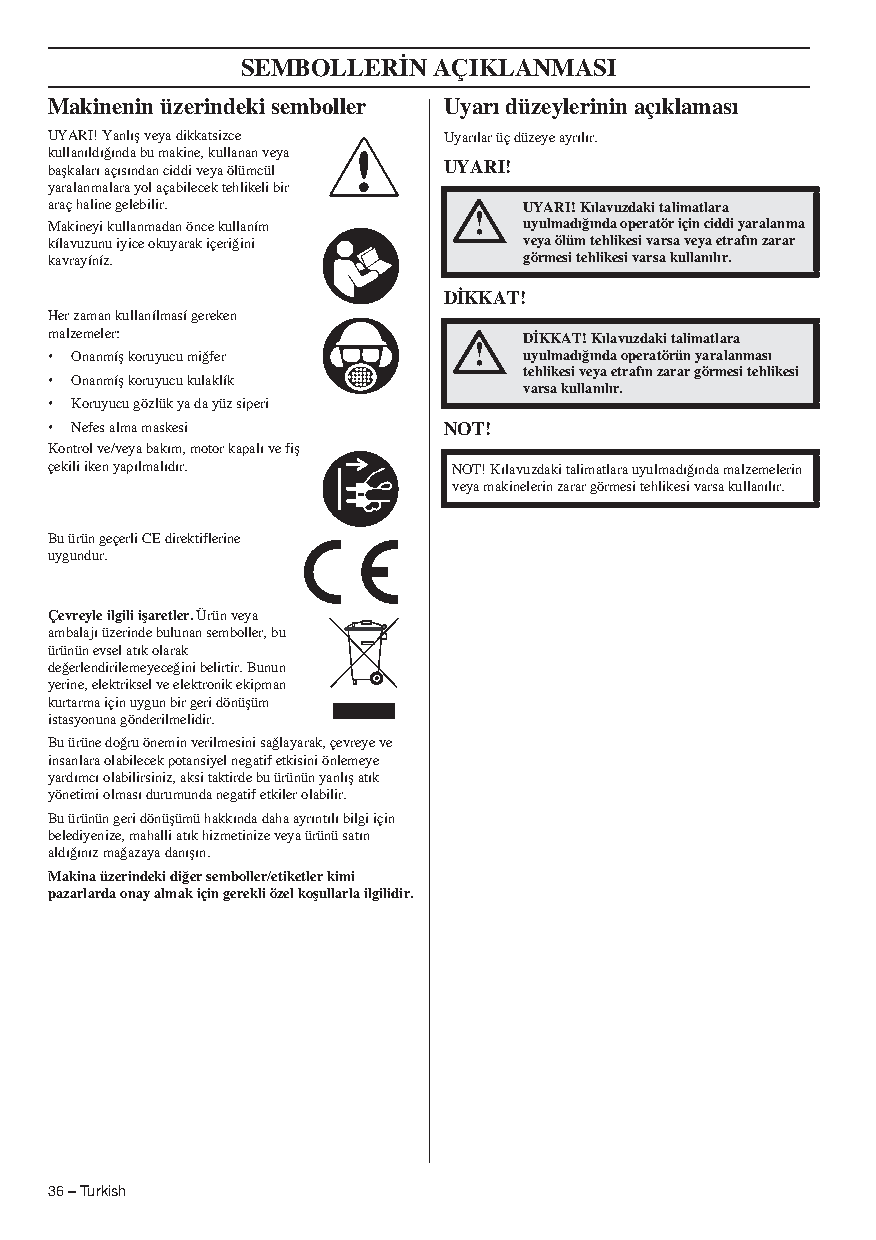
SEMBOLLER‹N  AÇIKLANMASI
 Makinenin üzerindeki semboller Uyarı düzeylerinin açıklaması
 UYARI! Yanlıfl veya dikkatsizce Uyarılar üç düzeye ayrılır.
 kullanıldı¤ında bu makine, kullanan veya
 baflkaları açısından ciddi veya ölümcül UYARI!
 yaralanmalara yol açabilecek tehlikeli bir
 araç haline gelebilir.          UYARI! Kılavuzdaki talimatlara
 !
 Makineyi kullanmadan önce kullaním uyulmadı¤ında operatör için ciddi yaralanma
 kílavuzunu iyice okuyarak içeri¤ini veya ölüm tehlikesi varsa veya etrafın zarar
 kavrayíníz.                     görmesi tehlikesi varsa kullanılır.
 D‹KKAT!
 Her zaman kullanílmasí gereken
 malzemeler:                     D‹KKAT! Kılavuzdaki talimatlara
 !
 • Onanmífl koruyucu mi¤fer      uyulmadı¤ında operatörün yaralanması
 tehlikesi veya etrafın zarar görmesi tehlikesi
 • Onanmífl koruyucu kulaklík
 varsa kullanılır.
 • Koruyucu gözlük ya da yüz siperi
 • Nefes alma maskesi      NOT!
 Kontrol ve/veya bakım, motor kapalı ve fifl
 çekili iken yapılmalıdır.  NOT! Kılavuzdaki talimatlara uyulmadı¤ında malzemelerin
 veya makinelerin zarar görmesi tehlikesi varsa kullanılır.
 Bu ürün geçerli CE direktiflerine
 uygundur.
 Çevreyle ilgili iflaretler. Ürün veya
 ambalajı üzerinde bulunan semboller, bu
 ürünün evsel atık olarak
 de¤erlendirilemeyece¤ini belirtir. Bunun
 yerine, elektriksel ve elektronik ekipman
 kurtarma için uygun bir geri dönüflüm
 istasyonuna gönderilmelidir.
 Bu ürüne do¤ru önemin verilmesini sa¤layarak, çevreye ve
 insanlara olabilecek potansiyel negatif etkisini önlemeye
 yardımcı olabilirsiniz, aksi taktirde bu ürünün yanlıfl atık
 yönetimi olması durumunda negatif etkiler olabilir.
 Bu ürünün geri dönüflümü hakkında daha ayrıntılı bilgi için
 belediyenize, mahalli atık hizmetinize veya ürünü satın
 aldı¤ınız ma¤azaya danıflın.
 Makina üzerindeki di¤er semboller/etiketler kimi
 pazarlarda onay almak için gerekli özel koflullarla ilgilidir.
 36 – Turkish